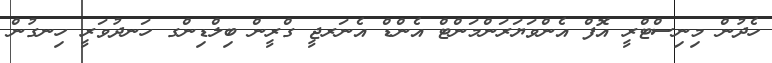
ހެދުން މިނިސްޓްރީ އޮފް އެންވަޔަރަންމަންޓް އެންޑް އެނަރޖީ ގްރީން ބިލްޑިންގ ހަނދުވަރީ ހިނގުން